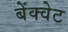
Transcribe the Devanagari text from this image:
बेंक्वेट